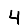
Digit: 4